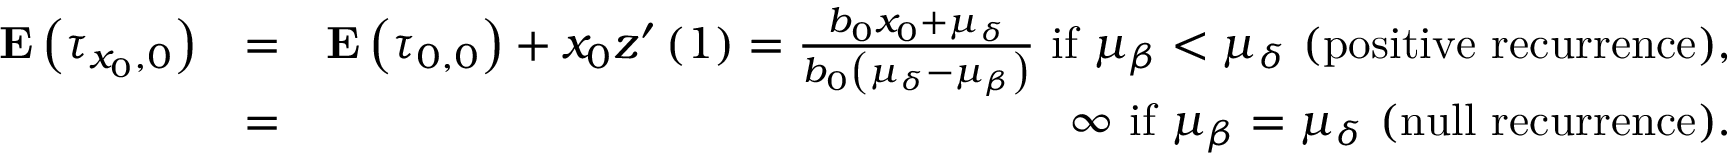
\begin{array} { r l r } { { \bf E } \left( \tau _ { x _ { 0 } , 0 } \right) } & { = } & { { \bf E } \left( \tau _ { 0 , 0 } \right) + x _ { 0 } z ^ { \prime } \left( 1 \right) = \frac { b _ { 0 } x _ { 0 } + \mu _ { \delta } } { b _ { 0 } \left( \mu _ { \delta } - \mu _ { \beta } \right) } \mathrm { ~ i f ~ } \mu _ { \beta } < \mu _ { \delta } \mathrm { ~ ( p o s i t i v e ~ r e c u r r e n c e ) , } } \\ & { = } & { \infty \mathrm { ~ i f ~ } \mu _ { \beta } = \mu _ { \delta } \mathrm { ~ ( n u l l ~ r e c u r r e n c e ) . } } \end{array}